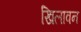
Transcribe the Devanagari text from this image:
खिलावन